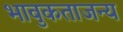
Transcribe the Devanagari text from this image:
भावुकताजन्य